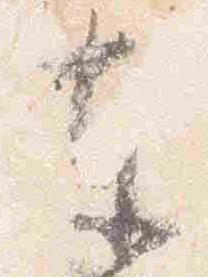
東